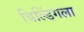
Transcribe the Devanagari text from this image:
बिल्डिंगला